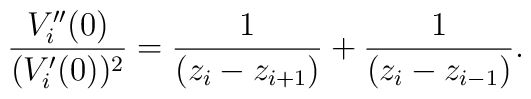
\frac{V_{i}^{\prime \prime }(0)}{(V_{i}^{\prime }(0))^{2}}=\frac{1}{\left(z_{i}-z_{i+1}\right) }+\frac{1}{\left( z_{i}-z_{i-1}\right) } .